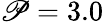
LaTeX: \mathscr{P}=3.0